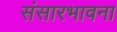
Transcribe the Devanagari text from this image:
संसारभावना